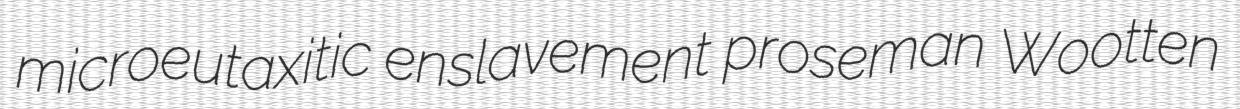
microeutaxitic enslavement proseman Wootten